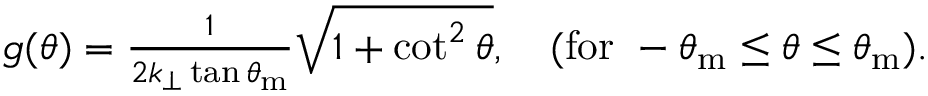
\begin{array} { r } { g ( \theta ) = \frac { 1 } { 2 k _ { \perp } \tan \theta _ { \mathrm { m } } } \sqrt { 1 + \cot ^ { 2 } \theta } , ~ ~ ~ ( \mathrm { f o r } ~ - \theta _ { \mathrm { m } } \leq \theta \leq \theta _ { \mathrm { m } } ) . } \end{array}